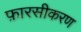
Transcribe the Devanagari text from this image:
फ़ारसीकरण